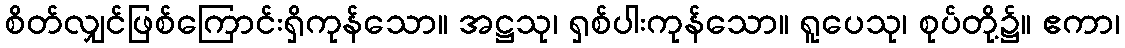
စိတ်လျှင်ဖြစ်ကြောင်းရှိကုန်သော။ အဋ္ဌသု၊ ရှစ်ပါးကုန်သော။ ရူပေသု၊ စုပ်တို့၌။ ဧကာ၊